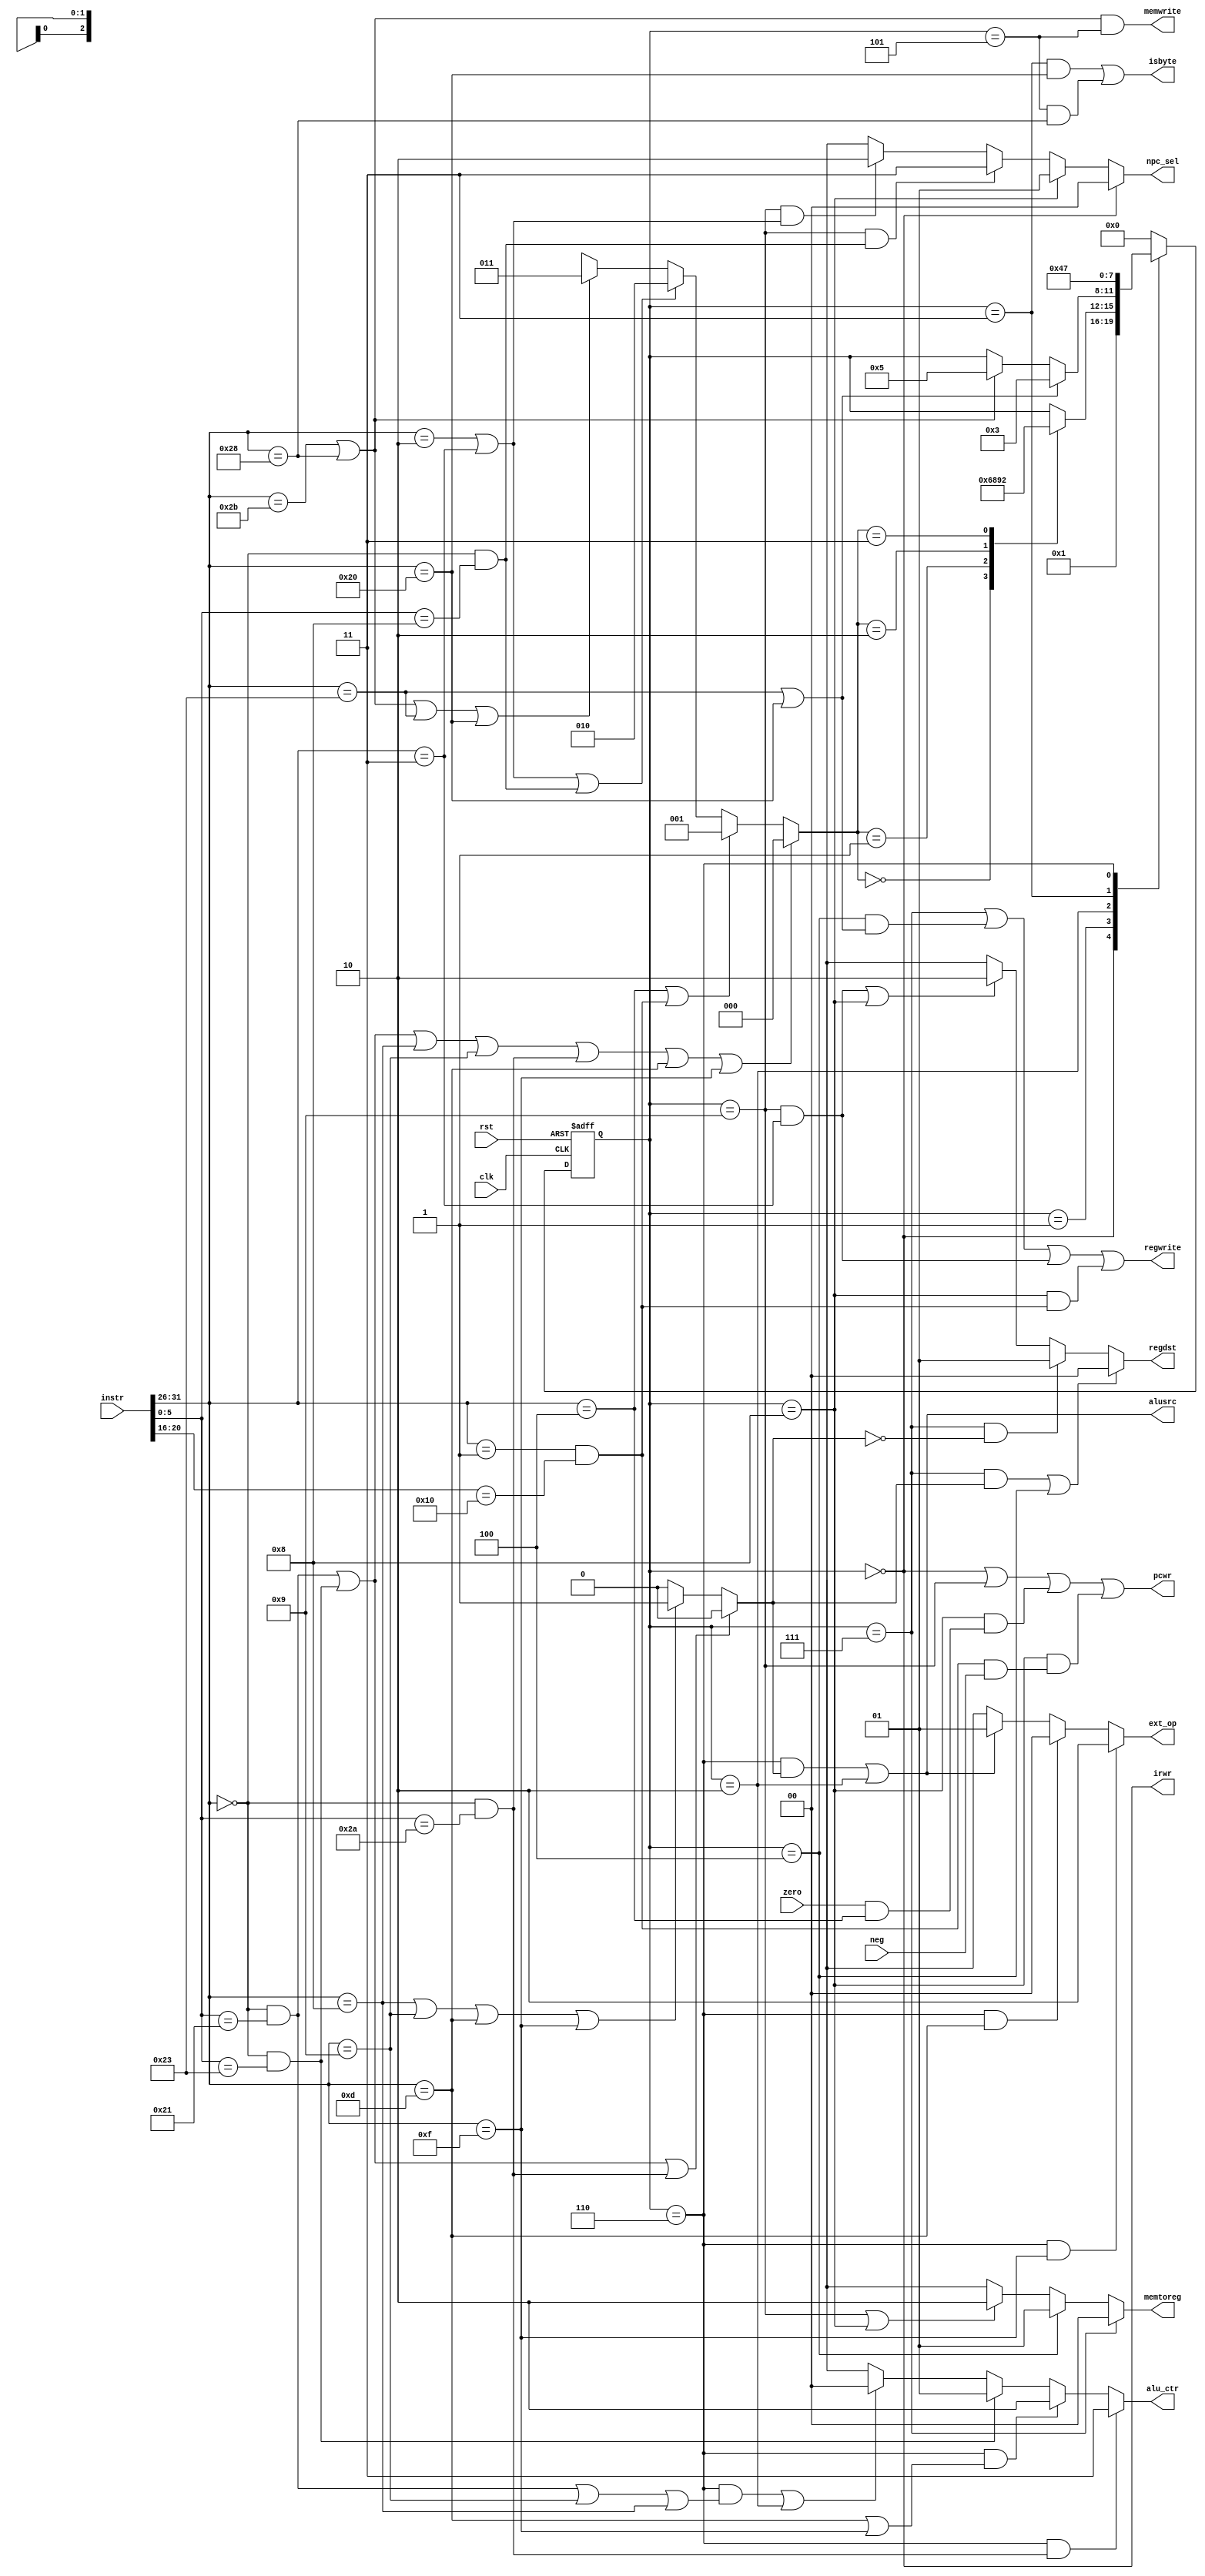
module ctrl ( instr , pcwr , irwr , clk , rst , zero , regdst , alusrc , memtoreg , memwrite , regwrite , npc_sel , ext_op , alu_ctr , isbyte, neg); 
    input  [31:0] instr;
    input         rst ,clk ,zero ,neg;
    output        alusrc ,  regwrite , memwrite;
    output [1:0]  memtoreg ,regdst , ext_op , alu_ctr,npc_sel; //  ouput control signal
    output        pcwr , irwr , isbyte;
    wire   [5:0]  opcode , funct , rt ; 
    assign  opcode = instr[31:26];
    assign  funct  = instr[5:0];
    assign  rt     = instr[20:16];
    
    // instruction decode
    wire addu = (opcode == 6'h00) & (funct == 6'h21); // addu
    wire subu = (opcode == 6'h00) & (funct == 6'h23); // subu
    wire slt  = (opcode == 6'h00) & (funct == 6'h2a); // slt

    wire addi = (opcode == 6'h08);                    // addi
    wire addiu= (opcode == 6'h09);                    // addiu
    wire ori  = (opcode == 6'h0d);                    // ori
    wire lui  = (opcode == 6'h0f);                    // lui
    
    wire lw   = (opcode == 6'h23);                    // lw
    wire lb   = (opcode == 6'h20);                    // lb
    
    wire sw   = (opcode == 6'h2b);                    // sw
    wire sb   = (opcode == 6'h28);                    // sb
    
    wire beq  = (opcode == 6'h04);                    // beq
    
    wire j    = (opcode == 6'h02);                    // j
    wire jal  = (opcode == 6'h03);                    // jal
    wire jr   = (opcode == 6'h00) & (funct == 6'h08); // jr
    
    wire bltzal=(opcode == 6'b000001) & (instr[20:16] == 5'b10000);
    
    /*FSM*/
    reg   [3:0]   fsm;
    parameter     S0 = 4'd0,S1 = 4'd1,S2 = 4'd2,S3 = 4'd3,S4 = 4'd4,
                  S5 = 4'd5,S6 = 4'd6,S7 = 4'd7,S8 = 4'd8,S9 = 4'd9;
    
    /*op*/
    parameter       R  =  3'b000,           // R_type
                    B  =  3'b001,           // B_type
                    J  =  3'b010,           // J_type
                    MA =  3'b011;           // lw/sw_type
    
    wire  [2:0]     op  = (addu|| subu || addi || addiu || slt || ori || lui)? R   :
                          (beq||bltzal)                                      ? B   :
                          (j || jal || jr )                                  ? J   :
                          (sw || sb || lw || lb )                            ? MA  :
                                                                               3'bx;
    
    /*judge u or i*/
    wire  i   = (addu || subu || slt)         ? 0   :
                (addi || addiu || ori || lui) ? 1   :
                                                0   ;                                                              
    wire  s   = (sw || sb);               
    wire  l   = (lw || lb);
                                                
    /*FSM*/
    always@(posedge clk or posedge rst)
        if (rst)
          fsm <= S0 ;
        else
          case(fsm)
            S0: fsm   <=  S1  ;                       
            S1: case(op)
                  R :   fsm   <=  S6  ;
                  B :   fsm   <=  S8  ;
                  J :   fsm   <=  S9  ;
                  MA:   fsm   <=  S2  ;
                endcase
            S2: case(1'b1)
                  l :   fsm   <=  S3  ;
                  s :   fsm   <=  S5  ;
                endcase
            S3:         fsm   <=  S4  ;
            S4:         fsm   <=  S0  ;
            S5:         fsm   <=  S0  ;
            S6:         fsm   <=  S7  ;
            S7:         fsm   <=  S0  ;
            S8:         fsm   <=  S0  ;
            S9:         fsm   <=  S0  ;
            default:    fsm   <=  S0  ;
           endcase

    //output control signal
    wire [1:0]  memtoreg,regdst,ext_op,npc_sel,alu_ctr;
    wire        alusrc,regwrite,memwrite,pcwr,irwr,isbyte;
    
    assign  npc_sel     = (fsm == S0)                         ?   2'b00:
                          ((fsm == S8))                       ?   2'b01:/*new*/
                          (fsm == S9) && (jr)                 ?   2'b11:
                          ((fsm == S9) && (jal || j))         ?   2'b10:
                                                                  2'bxx;
                                                                  
    assign  pcwr        = (fsm == S0)||(fsm == S9)||((fsm == S8)&&(zero&&beq))||((fsm == S8)&&(bltzal&&neg));
    
    assign  irwr        = (fsm == S0);
    
    assign  memtoreg    = (fsm == S7)                         ?   2'b00 :
                          (fsm == S4)                         ?   2'b01 :
                          (fsm == S9)||(fsm == S8)            ?   2'b10 :
                                                                  2'bxx ;
                                                                                                                                
    assign  regdst      = ((fsm == S7) && i) || (fsm == S4)         ?   2'b00 :
                          ((fsm == S7) && !i )                      ?   2'b01 :
                          (fsm == S9) && (jal) ||(fsm==S8)                     ?   2'b10 :
                                                                        2'bxx ;
                                                                  
    assign  regwrite    = (fsm == S7) || ((fsm == S4) && l) || ((fsm == S9) && (jal)) ||((fsm==S8)&&(bltzal));
  
    assign  ext_op      = ((fsm == S6) && lui)                       ?   2'b10 :
                          (fsm == S6) && (ori)                       ?   2'b00 :
                          (((fsm == S6)&&i)||((fsm == S2)))          ?   2'b01 :/*new*/
                                                                         2'bxx ; 
                                                                                                                                                                                             
    assign  alusrc      = (((fsm == S6)&&i) || ((fsm == S2)));

    assign  alu_ctr     = ((fsm == S6)&&(slt))                      ?   2'b11 :
                          ((fsm == S6)&&(ori || lui))               ?   2'b10 :
                          (subu)                                    ?   2'b01 :
                          (((fsm==S6)&&(addu||addiu||addi)) || (fsm==S2))  
                                                                    ?   2'b00 :
                                                                        2'bxx ;
                                                            
    assign  memwrite    = (s && (fsm == S5)) ;
    
    assign  isbyte      = ((fsm == S3) && lb) || ((fsm == S5) &&sb);
                                     
endmodule